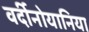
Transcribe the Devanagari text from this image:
वर्दीनोयानिया